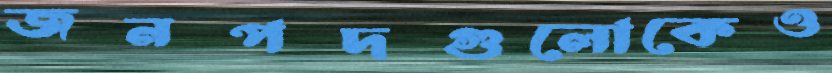
জনপদগুলোকেও